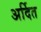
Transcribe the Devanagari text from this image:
अर्दित